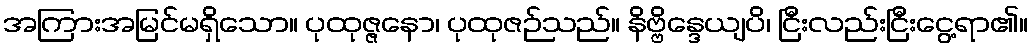
အကြားအမြင်မရှိသော။ ပုထုဇ္ဇနော၊ ပုထုဇဉ်သည်။ နိဗ္ဗိန္ဒေယျပိ၊ ငြီးလည်းငြီးငွေ့ရာ၏။